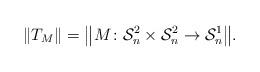
LaTeX: \begin{align*}\Vert T_M\Vert = \bigl\Vert M\colon \mathcal S^2_n\times\mathcal S^2_n \to\mathcal S^1_n\bigr\Vert.\end{align*}